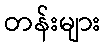
တန်းများ